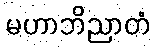
မဟာဘိညာတံ